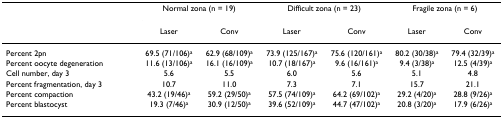
<table><thead><tr><td></td><td colspan="2"><b>Normal zona (n = 19)</b></td><td colspan="2"><b>Difficult zona (n = 23)</b></td><td colspan="2"><b>Fragile zona (n = 6)</b></td></tr><tr><td></td><td><b>Laser</b></td><td><b>Conv</b></td><td><b>Laser</b></td><td><b>Conv</b></td><td><b>Laser</b></td><td><b>Conv</b></td></tr></thead><tbody><tr><td>Percent 2pn</td><td>69.5 (71/106)<sup>a</sup></td><td>62.9 (68/109)<sup>a</sup></td><td>73.9 (125/167)<sup>a</sup></td><td>75.6 (120/161)<sup>a</sup></td><td>80.2 (30/38)<sup>a</sup></td><td>79.4 (32/39)<sup>a</sup></td></tr><tr><td>Percent oocyte degeneration</td><td>11.6 (13/106)<sup>a</sup></td><td>16.1 (16/109)<sup>a</sup></td><td>10.7 (18/167)<sup>a</sup></td><td>9.6 (16/161)<sup>a</sup></td><td>9.4 (3/38)<sup>a</sup></td><td>12.5 (4/39)<sup>a</sup></td></tr><tr><td>Cell number, day 3</td><td>5.6</td><td>5.5</td><td>6.0</td><td>5.6</td><td>5.1</td><td>4.8</td></tr><tr><td>Percent fragmentation, day 3</td><td>10.7</td><td>11.0</td><td>7.3</td><td>7.1</td><td>15.7</td><td>21.1</td></tr><tr><td>Percent compaction</td><td>43.2 (19/46)<sup>a</sup></td><td>59.2 (29/50)<sup>a</sup></td><td>57.5 (74/109)<sup>a</sup></td><td>64.2 (69/102)<sup>a</sup></td><td>29.2 (4/20)<sup>a</sup></td><td>28.8 (9/26)<sup>a</sup></td></tr><tr><td>Percent blastocyst</td><td>19.3 (7/46)<sup>a</sup></td><td>30.9 (12/50)<sup>a</sup></td><td>39.6 (52/109)<sup>a</sup></td><td>44.7 (47/102)<sup>a</sup></td><td>20.8 (3/20)<sup>a</sup></td><td>17.9 (6/26)<sup>a</sup></td></tr></tbody></table>